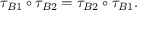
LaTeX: \tau _ { B 1 } \circ \tau _ { B 2 } = \tau _ { B 2 } \circ \tau _ { B 1 } .